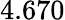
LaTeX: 4.670